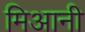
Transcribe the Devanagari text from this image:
मिआनी